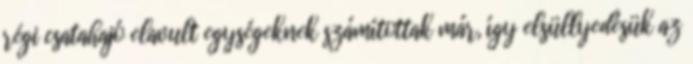
régi csatahajó elavult egységeknek számítottak már, így elsüllyedésük az